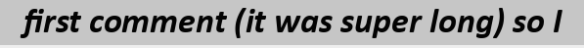
first comment (it was super long) so I